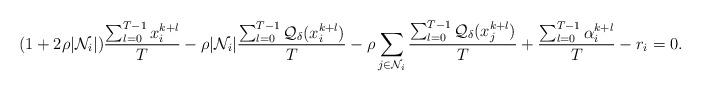
LaTeX: \begin{align*}(1+2\rho|\mathcal{N}_i|)\frac{\sum_{l=0}^{T-1}x_i^{k+l}}{T}-\rho|\mathcal{N}_i|\frac{\sum_{l=0}^{T-1}\mathcal{Q}_\delta(x_i^{k+l})}{T}-\rho\sum_{j\in\mathcal{N}_i}\frac{\sum_{l=0}^{T-1}\mathcal{Q}_\delta(x_j^{k+l})}{T}+\frac{\sum_{l=0}^{T-1} \alpha_i^{k+l}}{T}-r_i=0.\end{align*}